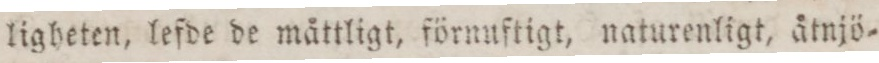
ligheten, lefde de måttligt, förnuftigt, naturenligt, åtnjö=